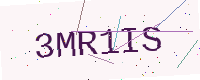
Text: 3MR1IS